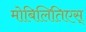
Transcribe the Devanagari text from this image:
मोबिलितिएस्